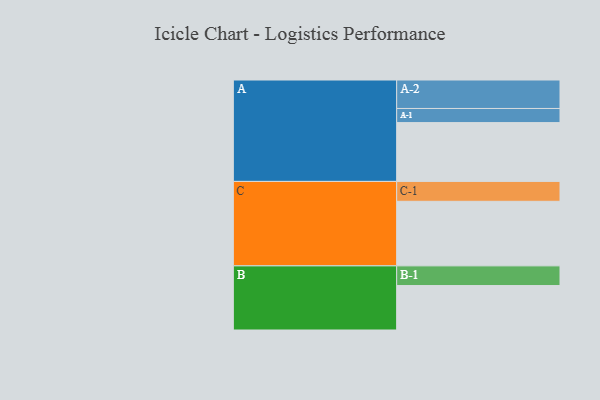
{"axis": {"x": "Segment", "y": "Value"}, "legend": ["", "A", "B", "C"], "data": [{"x": "A", "y": 541, "type": ""}, {"x": "B", "y": 409, "type": ""}, {"x": "C", "y": 594, "type": ""}, {"x": "A-1", "y": 130, "type": "A"}, {"x": "A-2", "y": 262, "type": "A"}, {"x": "B-1", "y": 181, "type": "B"}, {"x": "C-1", "y": 183, "type": "C"}]}